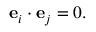
\mathbf { e } _ { i } \cdot \mathbf { e } _ { j } = 0 .